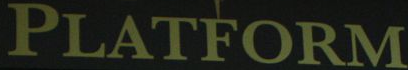
PLATFORM